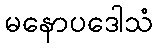
မနောပဒေါသံ